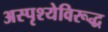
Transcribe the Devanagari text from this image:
अस्पृश्येविरूद्ध